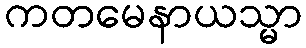
ကတမေနာယသ္မာ